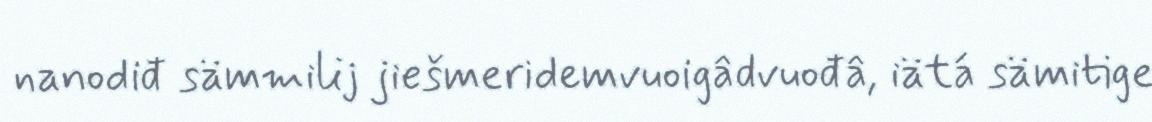
nanodiđ sämmilij jiešmeridemvuoigâdvuođâ, iätá sämitige